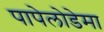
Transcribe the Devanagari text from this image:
पापेलोडेमा